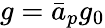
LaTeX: g=\bar{a}_{p}g_{0}